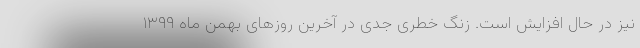
نیز در حال افزایش است. زنگ خطری جدی در آخرین روزهای بهمن ماه ۱۳۹۹